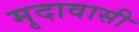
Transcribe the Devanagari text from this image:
मृदावासी